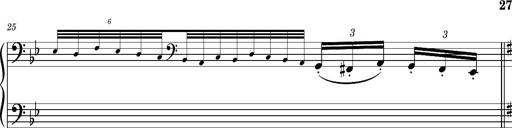
Title: Ungarischer Romanzero
Composer: Franz Liszt